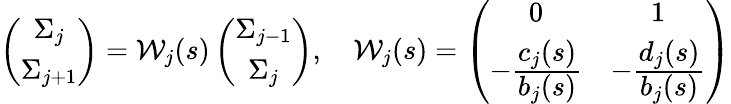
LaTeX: \left(\begin{array}{c}{\Sigma_{j}}\\ {\Sigma_{j+1}}\end{array}\right)={\mathcal W}_{j}(s)\left(\begin{array}{c}{\Sigma_{j-1}}\\ {\Sigma_{j}}\end{array}\right),\quad{\mathcal W}_{j}(s)=\left(\begin{array}{cc}{0}&{1}\\ {-\frac{\displaystyle c_{j}(s)}{\displaystyle b_{j}(s)}}&{-\frac{\displaystyle d_{j}(s)}{\displaystyle b_{j}(s)}}\end{array}\right)